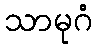
သာမုဂံ